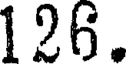
126.